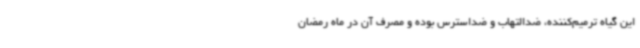
این گیاه ترمیم‌کننده، ضدالتهاب و ضداسترس بوده و مصرف آن در ماه رمضان